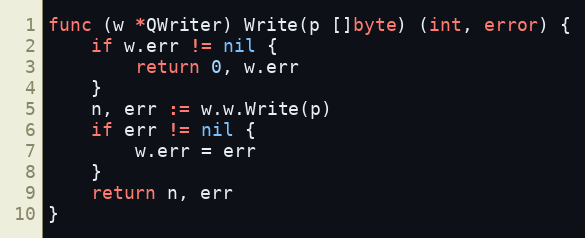
Language: Go
func (w *QWriter) Write(p []byte) (int, error) {
	if w.err != nil {
		return 0, w.err
	}
	n, err := w.w.Write(p)
	if err != nil {
		w.err = err
	}
	return n, err
}